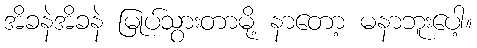
အိခနဲအိခနဲ မြုပ်သွားတာမို့ နာတော့ မနာဘူးပေါ့။